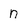
Character: n